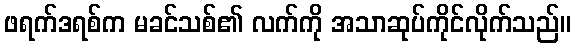
ဖရက်ဒရစ်က မခင်သစ်၏ လက်ကို အသာဆုပ်ကိုင်လိုက်သည်။